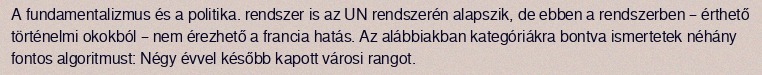
A fundamentalizmus és a politika. rendszer is az UN rendszerén alapszik, de ebben a rendszerben – érthető történelmi okokból – nem érezhető a francia hatás. Az alábbiakban kategóriákra bontva ismertetek néhány fontos algoritmust: Négy évvel később kapott városi rangot.